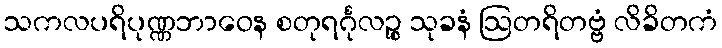
သကလပရိပုဏ္ဏဘာဝေန စတုရင်္ဂုလဉ္စ သုခနံ ဩတရိတဗ္ဗံ လိခိတကံ